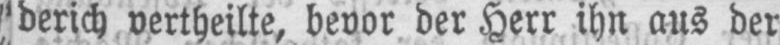
derich vertheilte, bevor der Herr ihn aus der